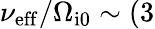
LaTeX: \nu_{\mathrm{eff}}/\Omega_{\mathrm{i0}}\sim(3